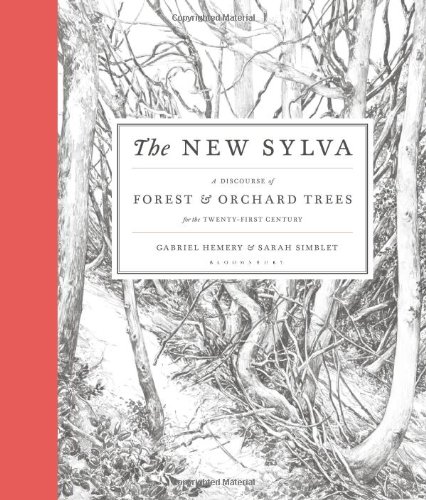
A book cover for The New Sylva: A Discourse of Forest and Orchard Trees for the Twenty-First Century; Gabriel Hemery; Science & Math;